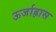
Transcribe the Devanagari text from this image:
ऊर्जाह्रास